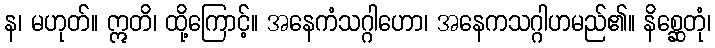
န၊ မဟုတ်။ ဣတိ၊ ထို့ကြောင့်။ အနေကံသဂ္ဂါဟော၊ အနေကသဂ္ဂါဟမည်၏။ နိစ္ဆေတုံ၊